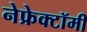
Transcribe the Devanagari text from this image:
नेफ्रेक्टॉमी